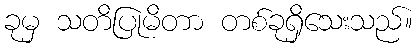
ခုမှ သတိပြုမိတာ တစ်ခုရှိသေးသည်။